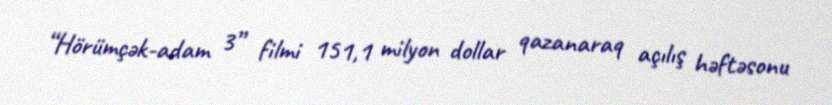
“Hörümçək-adam 3” filmi 151,1 milyon dollar qazanaraq açılış həftəsonu